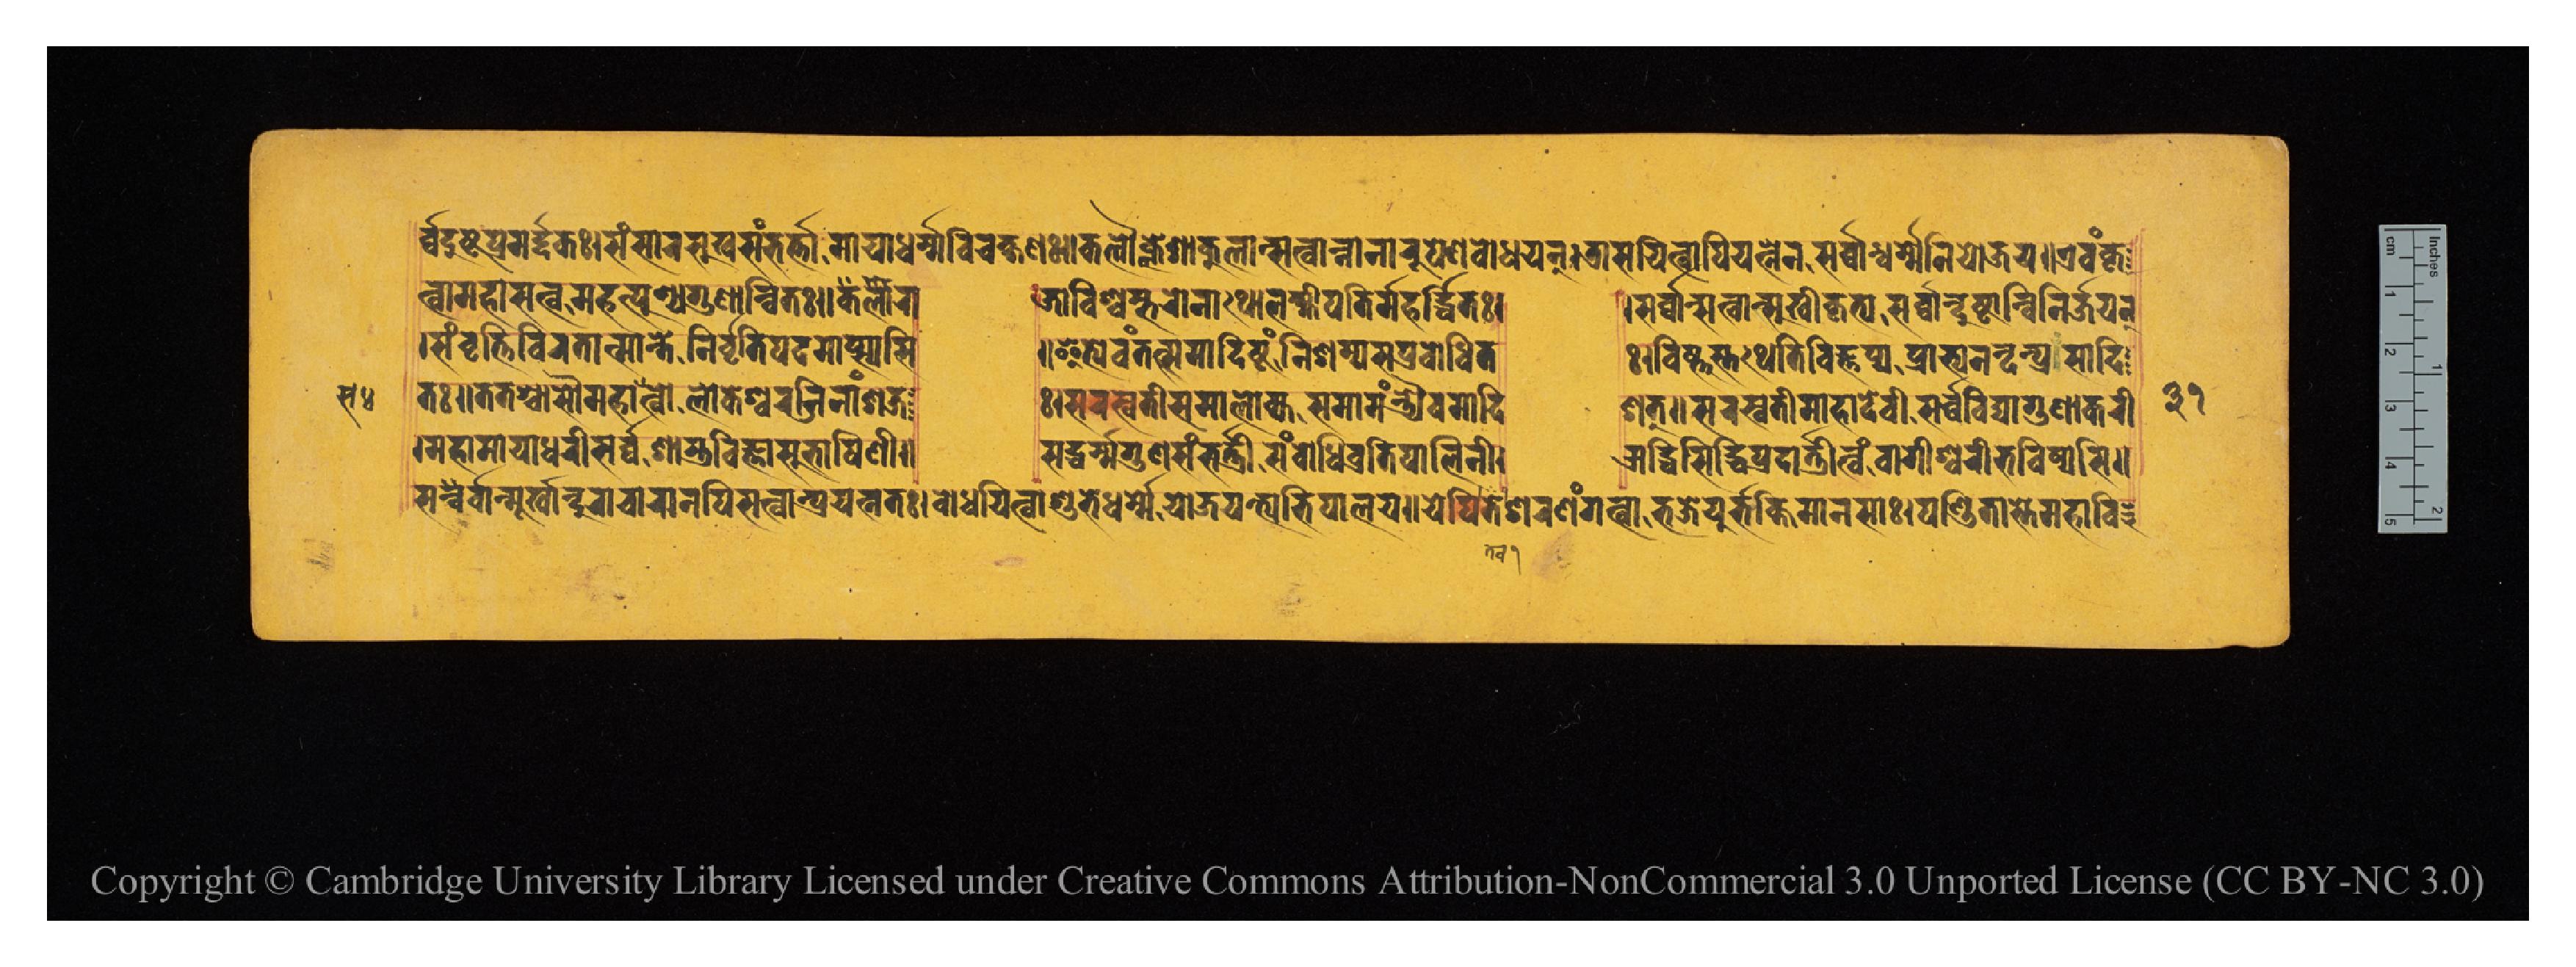
𑐬𑑂𑐰𑑂𑐰𑐡𑐸𑐲𑑂𑐚𑐥𑑂𑐬𑐩𑐬𑑂𑐡𑐎𑑅𑑋𑐳𑑄𑐳𑐵𑐬𑐳𑐸𑐏𑐳𑑄𑐨𑐬𑑂𑐟𑐵𑐩𑐵𑐫𑐵𑐢𑐬𑑂𑐩𑑂𑐩𑐰𑐶𑐔𑐎𑑂𑐲𑐞𑑅𑑋𑐎𑐮𑑁𑐎𑑂𑐮𑐾𑐱𑐵𑐎𑐸𑐮𑐵𑐣𑑂𑐳𑐟𑑂𑐰𑐵𑐣𑑂𑐣𑐵𑐣𑐵𑐬𑐸𑐥𑐾𑐞𑐧𑑀𑐢𑐫𑐣𑑂𑑋𑐟𑑂𑐬𑐵𑐳𑐫𑐶𑐟𑑂𑐰𑐵𑐥𑐶𑐫𑐣𑑂𑐣𑐾𑐣𑐳𑐬𑑂𑐰𑑂𑐰𑐵𑐣𑑂𑐢𑐬𑑂𑐩𑐾𑐣𑐶𑐫𑑀𑐖𑐫𑑌𑐊𑐰𑑄𑐎𑐺 𑐟𑑂𑐰𑐵𑐩𑐴𑐵𑐳𑐟𑑂𑐰𑑀𑐩𑐴𑐟𑑂𑐥𑐸𑐞𑑂𑐫𑐐𑐸𑐞𑐵𑐣𑑂𑐰𑐶𑐟𑑅𑑌𑐎𑐮𑐵𑐬𑐵  𑐖𑐵𑐰𑐶𑐱𑑂𑐰𑐩𑑂𑐨𑐬𑑀𑐣𑐵𑐠𑑀𑐮𑐎𑑂𑐲𑑂𑐩𑐷𑐥𑐟𑐶𑐬𑑂𑐩𑐴𑐬𑑂𑐡𑑂𑐢𑐶𑐟𑑅𑑋  𑐳𑐬𑑂𑐰𑑂𑐰𑐵𑐣𑑂𑐳𑐟𑑂𑐰𑐵𑐣𑑂𑐳𑐸𑐏𑐷𑐎𑐺𑐟𑑂𑐫𑐳𑐬𑑂𑐰𑑂𑐰𑐵𑐣𑑂𑐡𑐸𑐲𑑂𑐚𑐵𑐣𑑂𑐰𑐶𑐣𑐶𑐬𑑂𑐖𑐫𑐣𑑂 𑑋𑐳𑑄𑐰𑐺𑐟𑐶𑐰𑐶𑐬𑐟𑐵𑐟𑑂𑐩𑐵𑐣𑑂𑐟𑐾𑐣𑐶𑐬𑑂𑐰𑐺𑐟𑐶𑐥𑐡𑐩𑐵𑐥𑑂𑐳𑑂𑐫𑐳𑐶  𑑌𑐂𑐟𑑂𑐫𑐾𑐰𑑄𑐟𑐟𑑂𑐳𑐩𑐵𑐡𑐶𑐲𑑂𑐚𑑄𑐣𑐶𑐱𑐩𑑂𑐫𑐳𑐥𑑂𑐬𑐧𑑀𑐢𑐶𑐟  𑑅𑑋𑐰𑐶𑐲𑑂𑐞𑐸𑐳𑑂𑐟𑐠𑐾𑐟𑐶𑐰𑐶𑐖𑑂𑐘𑐥𑑂𑐫𑐥𑑂𑐬𑐵𑐨𑑂𑐫𑐣𑐣𑑂𑐡𑐟𑑂𑐥𑑂𑐬𑐳𑐵𑐡𑐶 𑐟𑑅𑑌𑐟𑐟𑐱𑑂𑐔𑐵𑐳𑑁𑐩𑐴𑐵𑐳𑐟𑑂𑐰𑑀𑐮𑑀𑐎𑐾𑐱𑑂𑐰𑐬𑑀𑐖𑐶𑐣𑐵𑑄𑐱𑐖 𑑅𑑋𑐳𑐬𑐳𑑂𑐰𑐟𑐷𑑄𑐳𑐩𑐵𑐮𑑀𑐎𑑂𑐫𑐳𑐩𑐵𑐩𑑄𑐟𑑂𑐬𑑂𑐫𑐿𑐰𑐩𑐵𑐡𑐶  𑐱𑐟𑑂𑑌𑐳𑐬𑐳𑑂𑐰𑐟𑐷𑐩𑐴𑐵𑐡𑐾𑐰𑐷𑐳𑐬𑑂𑐰𑑂𑐰𑐰𑐶𑐡𑑂𑐫𑐵𑐐𑐸𑐞𑐵𑐎𑐬𑐷 𑑋𑐩𑐴𑐵𑐩𑐵𑐫𑐵𑐢𑐬𑐷𑐳𑐬𑑂𑐰𑑂𑐰𑐱𑐵𑐫𑐰𑐶𑐖𑑂𑐘𑐵𑐳𑐸𑐨𑐵𑐲𑐶𑐞𑐷𑑌  𑐳𑐡𑑂𑐢𑐬𑑂𑐩𑑂𑐩𑐐𑐸𑐞𑐳𑑄𑐨𑐬𑑂𑐟𑑂𑐬𑐷𑐳𑑄𑐧𑑀𑐢𑐶𑐥𑑂𑐬𑐟𑐶𑐥𑐵𑐮𑐶𑐣𑐷𑑋  𑐆𑐡𑑂𑐢𑐶𑐳𑐶𑐡𑑂𑐢𑐶𑐥𑑂𑐬𑐡𑐵𑐟𑑂𑐬𑐷𑐟𑑂𑐰𑑄𑐰𑐵𑐐𑐶𑐱𑑂𑐰𑐬𑐷𑐨𑐰𑐶𑐲𑑂𑐫𑐳𑐶𑑌 𑐳𑐬𑑂𑐰𑑂𑐰𑐵𑐣𑑂𑐩𑐹𑐬𑑂𑐏𑐵𑐣𑑂𑐡𑐸𑐬𑐵𑐔𑐵𑐬𑐵𑐣𑐥𑐶𑐳𑐟𑑂𑐰𑐵𑐣𑑂𑐥𑑂𑐬𑐫𑐟𑑂𑐣𑐟𑑅𑑋𑐧𑑀𑐢𑐫𑐶𑐟𑑂𑐰𑐵𑐱𑐸𑐨𑐾𑐢𑐬𑑂𑐩𑐾𑐫𑑀𑐖𑐫𑐣𑑂𑐟𑑂𑐫𑐨𑐶𑐥𑐵𑐮𑐫𑑌𑐫𑐾𑐥𑐶𑐟𑐾𑐱𑐬𑐞𑑄𑐐𑐟𑑂𑐰𑐵𑐨𑐖𑐾𑐫𑐸𑐬𑑂𑐨𑐎𑑂𑐟𑐶𑐩𑐵𑐣𑐳𑐵𑑅𑑋𑐥𑐞𑑂𑐜𑐶𑐟𑐵𑐳𑑂𑐟𑐾𑐩𑐴𑐵𑐰𑐶 𑑓𑑑